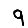
Digit: 9